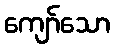
ကျော်သော